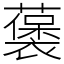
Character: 藵